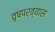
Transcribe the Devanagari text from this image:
वृषपर्व्यास